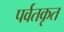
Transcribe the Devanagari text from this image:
पर्वतकृत